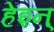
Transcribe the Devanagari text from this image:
हेइन्